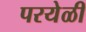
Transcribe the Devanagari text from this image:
परयेळी